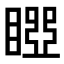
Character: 𥉝